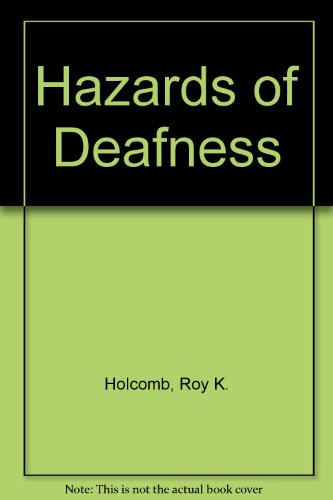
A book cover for Hazards of Deafness; Roy K. Holcomb; Health, Fitness & Dieting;